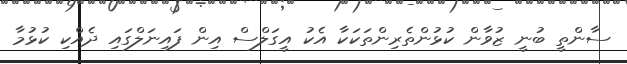
ސާންތީ ބުނީ ޒުވާން ކުޅުންތެރިންތަކަކާ އެކު އީގަލްސް އިން ފައިނަލްގައި ދެއްކި ކުޅުމާ